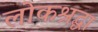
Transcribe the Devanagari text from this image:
लोकश्रद्धा